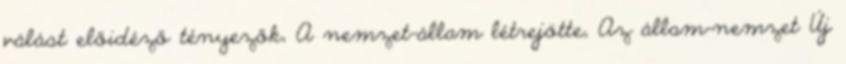
válást előidéző tényezők, A nemzet-állam létrejötte, Az állam-nemzet Új